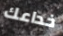
خداعك